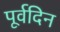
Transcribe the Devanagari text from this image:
पूर्वदिन